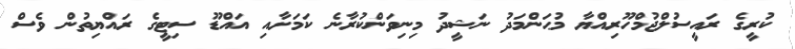
ކުރީގެ ރައީސުލްޖުމްހޫރިއްޔާ މުޙަންމަދު ނަޝީދު މިނިވަންކުރާނެ ކަމަށާއި އައްޑޫ ސިޓީގެ ރައްޔިތުން ވެސް